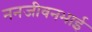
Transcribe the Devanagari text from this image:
ननजीवनभाई